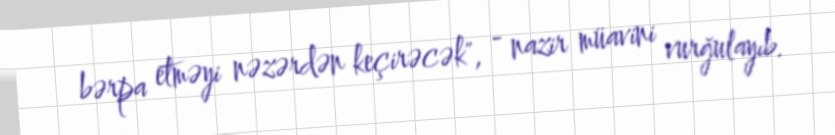
bərpa etməyi nəzərdən keçirəcək", - nazir müavini vurğulayıb.